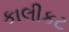
કાલીકટ